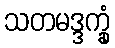
သတမဒ္ဒက္ခုံ